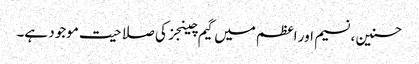
حسنین ، نسیم اور اعظم میں گیم چینجز کی صلاحیت موجود ہے۔